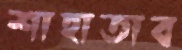
শাহাতাব